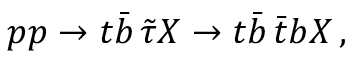
p p \to t \bar { b } \, \tilde { \tau } X \to t \bar { b } \, \bar { t } b X \, ,